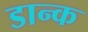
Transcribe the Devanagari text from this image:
डान्क